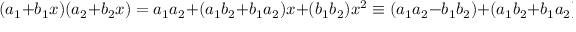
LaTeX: ( a _ { 1 } + b _ { 1 } x ) ( a _ { 2 } + b _ { 2 } x ) = a _ { 1 } a _ { 2 } + ( a _ { 1 } b _ { 2 } + b _ { 1 } a _ { 2 } ) x + ( b _ { 1 } b _ { 2 } ) x ^ { 2 } \equiv ( a _ { 1 } a _ { 2 } - b _ { 1 } b _ { 2 } ) + ( a _ { 1 } b _ { 2 } + b _ { 1 } a _ { 2 } ) x \, .